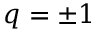
q = \pm 1